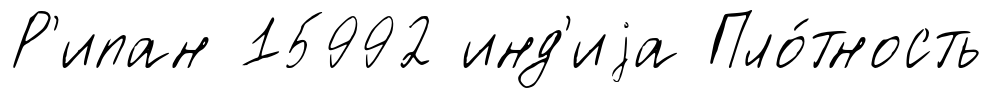
Р'ипан 15992 инд'иjа Пло́тность